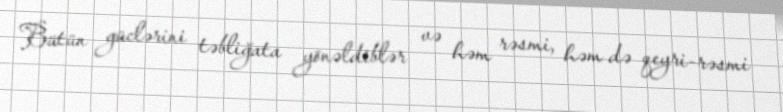
Bütün güclərini təbliğata yönəldiblər və həm rəsmi, həm də qeyri-rəsmi